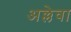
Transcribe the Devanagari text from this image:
अल्लेवा